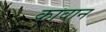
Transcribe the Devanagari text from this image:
कावान